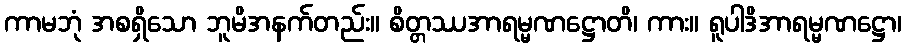
ကာမဘုံ အစရှိသော ဘူမိအနက်တည်း။ စိတ္တဿအာရမ္မဏဋ္ဌောတိ၊ ကား။ ရူပါဒိအာရမ္မဏဋ္ဌော၊